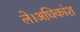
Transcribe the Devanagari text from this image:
ले।अधिकांश